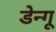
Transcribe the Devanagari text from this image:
डेन्गू